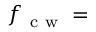
f _ { \mathrm { ~ c ~ w ~ } } =